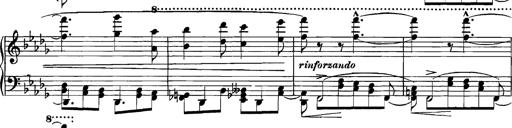
Title: Grandes Etudes
Composer: Franz Liszt